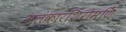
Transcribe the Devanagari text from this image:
अलंकारशिरोमणि